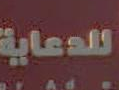
للدعاية